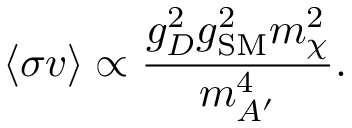
\langle \sigma v \rangle \propto \frac { g _ { D } ^ { 2 } g _ { \mathrm { S M } } ^ { 2 } m _ { \chi } ^ { 2 } } { m _ { A ^ { \prime } } ^ { 4 } } .